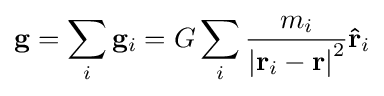
\mathbf {g} =\sum _{i}\mathbf {g} _{i}=G\sum _{i}{\frac {m_{i}}{\left|\mathbf {r} _{i}-\mathbf {r} \right|^{2}}}\mathbf {\hat {r}} _{i}\,\!